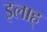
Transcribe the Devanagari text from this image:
इलाह्